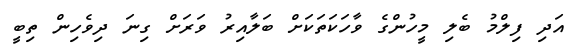
އަދި ފިލްމު ބެލި މީހުންގެ ވާހަކަތަކަށް ބަލާއިރު ވަރަށް ގިނަ ދިވެހިން ތިބީ